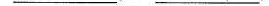
___ ___